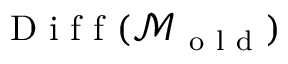
\mathrm { ~ D ~ i ~ f ~ f ~ } ( \mathcal { M } _ { \mathrm { ~ o ~ l ~ d ~ } } )